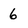
Character: 6